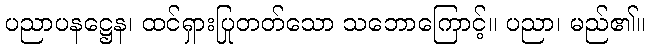
ပညာပနဋ္ဌေန၊ ထင်ရှားပြုတတ်သော သဘောကြောင့်။ ပညာ၊ မည်၏။